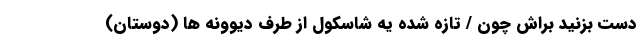
دست بزنید براش چون / تازه شده یه شاسکول از طرف دیوونه ها (دوستان)